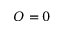
O = 0